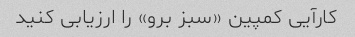
کارآیی کمپین «سبز برو» را ارزیابی کنید